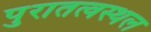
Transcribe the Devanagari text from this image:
पुरातत्वस्थल